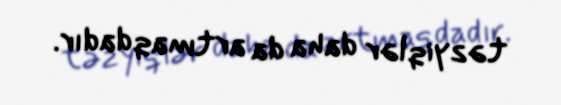
təzyiqlər daha da artmaqdadır.